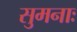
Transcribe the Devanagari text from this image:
सुमनाः